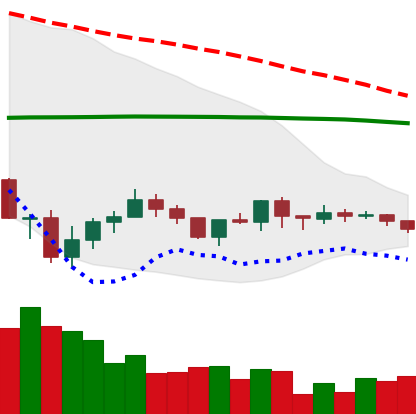
Ticker: ADA-USD
Chart end date: 2019-08-02
Forward return: -9.59%
Label: down_7plus